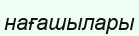
нағашылары